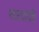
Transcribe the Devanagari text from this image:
शारदादेवी